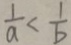
\frac { 1 } { a } < \frac { 1 } { b }